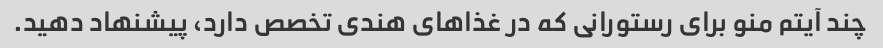
چند آیتم منو برای رستورانی که در غذاهای هندی تخصص دارد، پیشنهاد دهید.